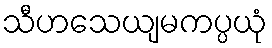
သီဟသေယျမကပ္ပယုံ